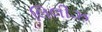
લિલીઝ